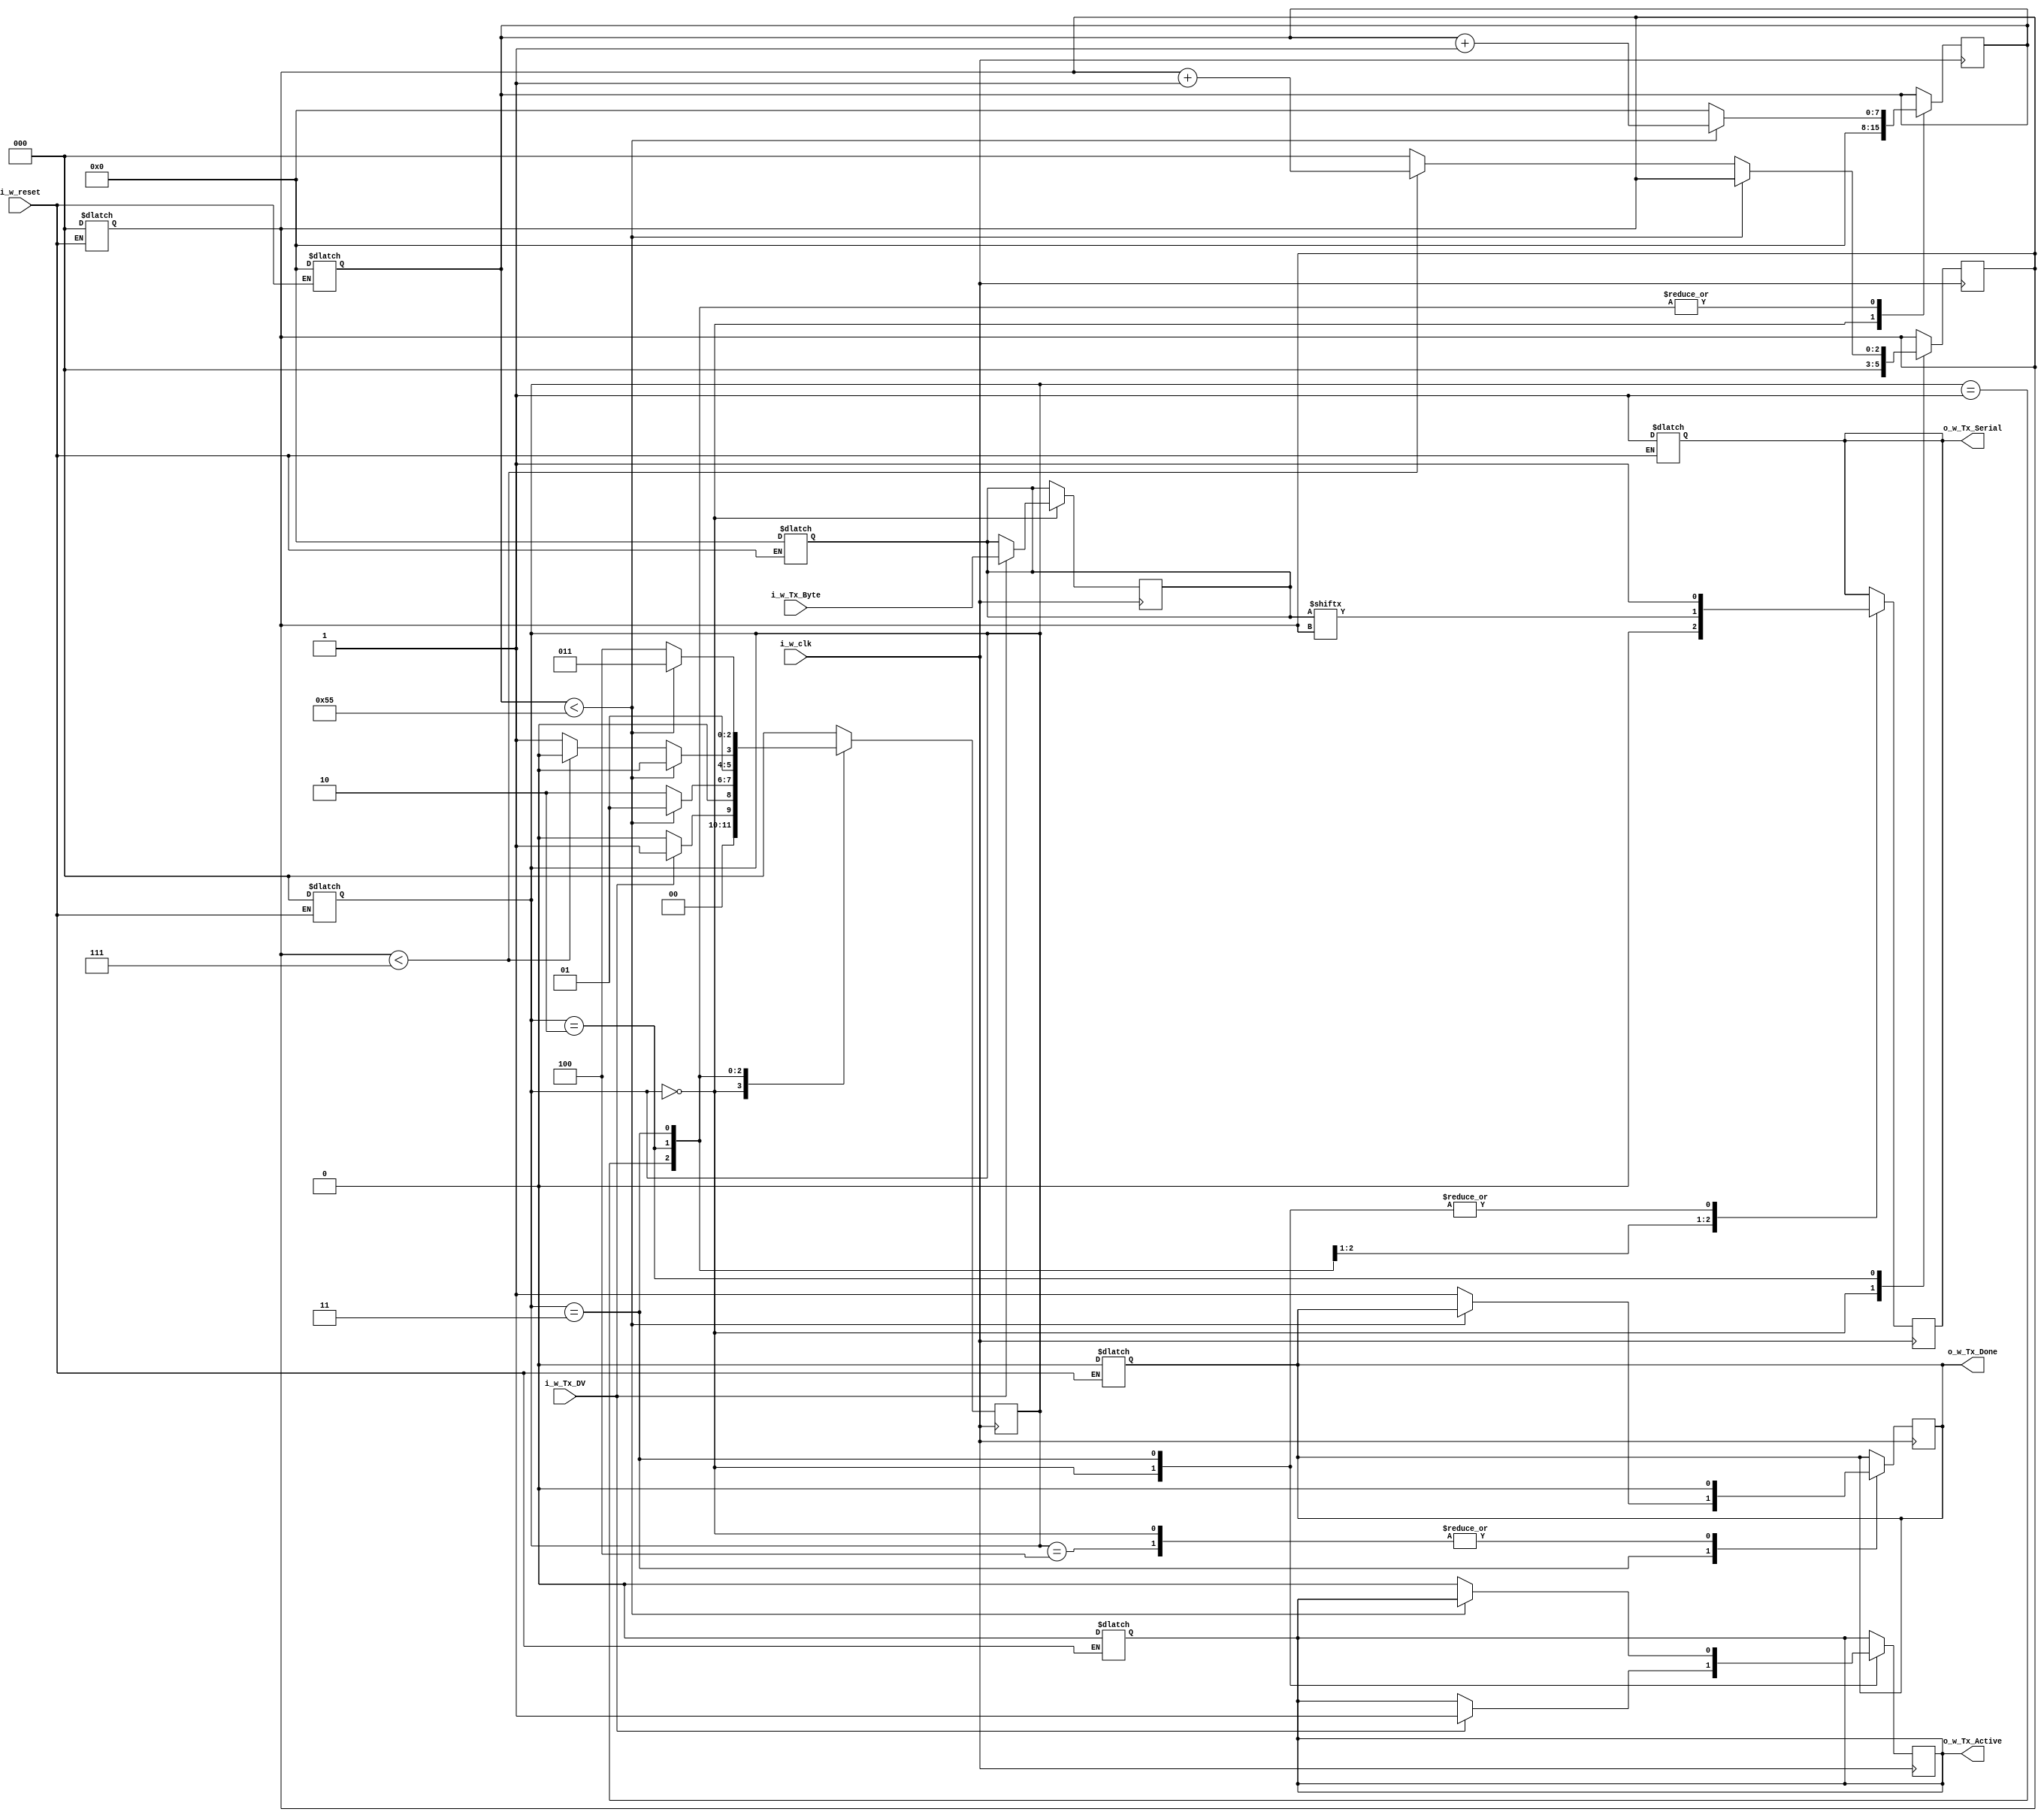
`timescale 1ns / 1ps
//////////////////////////////////////////////////////////////////////////////////
// Company: 
// Engineer: 
// 
// Design Name: 
// Module Name: uart_send
// Project Name: 
// Target Devices: 
// Tool Versions: 
// Description: 
// 
// Dependencies: 
// 
// Revision:
// Revision 0.01 - File Created
// Additional Comments:
// 
//////////////////////////////////////////////////////////////////////////////////


module uart_send
    #(
        parameter BAUD_RATE = 115200,
        parameter CLK_RATE  = 10000000 //10Mhz
    )
    (
        //ceasul
        input wire       i_w_clk,
        //reset
        input wire       i_w_reset,
        //daca se doreste transmiterea unui byte
        input wire       i_w_Tx_DV,
        //byte-ul de transmis
        input wire [7:0] i_w_Tx_Byte,
        //daca este folosit TX
        output wire      o_w_Tx_Active,
        //valoarea pentru TX
        output wire      o_w_Tx_Serial,
        //daca s-a transmis ultimul byte
        output wire      o_w_Tx_Done
    );

    //cate perioade de ceas are un bit
    parameter CLKS_PER_BIT = CLK_RATE/BAUD_RATE;
    //definirea starilor FSM-ului
    parameter s_IDLE         = 3'b000;
    parameter s_TX_START_BIT = 3'b001;
    parameter s_TX_DATA_BITS = 3'b010;
    parameter s_TX_STOP_BIT  = 3'b011;
    parameter s_CLEANUP      = 3'b100;
    
    //starea FSM-ului
    reg [2:0]    r_FSM_State;
    //contor pentru perioade de ceas
    reg [7:0]    r_Clock_Count;
    //indexul in byte
    reg [2:0]    r_Bit_Index;
    //registrul cu byte-ul de transmis
    reg [7:0]    r_Tx_Data;
    //daca byte-ul a fost transmis
    reg          r_Tx_Done;
    //daca linia TX este activa si se transmite pe ea
    reg          r_Tx_Active;
    //valoarea pe care o ia TX pentru transmitere
    reg          r_Tx_Serial;
    
    //asiganrea iesirilor la registri
    assign o_w_Tx_Active = r_Tx_Active;
    assign o_w_Tx_Done   = r_Tx_Done;
    assign o_w_Tx_Serial = r_Tx_Serial;
    
    //initializarea variabilelor
    //TX trebuie sa fie pe 1 in mod implicit
    always @(*)
    begin
        if(i_w_reset)
        begin
            r_FSM_State     = 0;
            r_Clock_Count   = 0;
            r_Bit_Index     = 0;
            r_Tx_Data       = 0;
            r_Tx_Done       = 0;
            r_Tx_Active     = 0;
            r_Tx_Serial     = 1'b1;
        end
    end
    
    //procesul de tracere prin starile FSM-ului pentru transmiterea unui byte
    always @(posedge i_w_clk)
    begin
      
        case (r_FSM_State)
        /*
        s_IDLE: starea in care se asteapta date pentr a fi transmise pe TX
        TX este pe 1
        nu s-a transmis nici un byte, contor de perioade de ceas si indexul de bit sunt
        setati pe zero.
        Daca se primeste semnal ca trebuie sa se transmita un byte se activea
        linea TX se retin datele ce trebuie transmise intr-un registru si se
        trece in starea urmatoare de transmitere a bitului de start, in caz contrar
        se ramane in stare IDLE
        */
        s_IDLE :
        begin
        r_Tx_Serial   <= 1'b1;
        r_Tx_Done     <= 1'b0;
        r_Clock_Count <= 0;
        r_Bit_Index   <= 0;
        
        if (i_w_Tx_DV == 1'b1)
        begin
            r_Tx_Active <= 1'b1;
            r_Tx_Data   <= i_w_Tx_Byte;
            r_FSM_State <= s_TX_START_BIT;
        end
        else
        begin
            r_FSM_State <= s_IDLE;
        end
        end // case: s_IDLE
        
        
        /*
        s_TX_START_BIT: starea in care se transmite bitul de start.
        TX va avea valoarea zero pe durata unui bit. dupa trecerea
        timpului se trece in starea de transmiterea a bitilor de date
        */
        s_TX_START_BIT :
        begin
            r_Tx_Serial <= 1'b0;

            if (r_Clock_Count < CLKS_PER_BIT-1)
            begin
                r_Clock_Count <= r_Clock_Count + 1;
                r_FSM_State   <= s_TX_START_BIT;
            end
            else
            begin
                r_Clock_Count <= 0;
                r_FSM_State   <= s_TX_DATA_BITS;
            end
        end // case: s_TX_START_BIT
        
        
        /*
        s_TX_DATA_BITS: starea in care se transmit biti de date
        TX ia valoare bitului curent timp de o durata de bit.
        dupa care se trece la urmatorul bit. Dupa ce toti biti
        au fostr transmisi se trece in starea de transmitere
        a bitului de stop
        */     
        s_TX_DATA_BITS :
        begin
            r_Tx_Serial <= r_Tx_Data[r_Bit_Index];
            
            if (r_Clock_Count < CLKS_PER_BIT-1)
            begin
                r_Clock_Count <= r_Clock_Count + 1;
                r_FSM_State     <= s_TX_DATA_BITS;
            end
            else
            begin
                r_Clock_Count <= 0;
                
                if (r_Bit_Index < 7)
                begin
                    r_Bit_Index <= r_Bit_Index + 1;
                    r_FSM_State <= s_TX_DATA_BITS;
                end
                else
                begin
                    r_Bit_Index <= 0;
                    r_FSM_State <= s_TX_STOP_BIT;
                end
            end
        end // case: s_TX_DATA_BITS
        
        
        /*
        s_TX_STOP_BIT: starea in care se transmite bitul de stop
        si se anunta transmiterea byte-ului. Bitul de stop pune
        TX pe valoarea 1 si il tine o durata de bit. La terminarea
        duratei se anunta ca a fost transmis bitul prin r_Tx_Done
        si se anunta ca nu mai este folosit TX-ul. dupa se trece in starea
        de CELANUP
        */
        s_TX_STOP_BIT :
        begin
            r_Tx_Serial <= 1'b1;
            
            if (r_Clock_Count < CLKS_PER_BIT-1)
            begin
                r_Clock_Count <= r_Clock_Count + 1;
                r_FSM_State   <= s_TX_STOP_BIT;
            end
            else
            begin
                r_Tx_Done     <= 1'b1;
                r_Clock_Count <= 0;
                r_FSM_State   <= s_CLEANUP;
                r_Tx_Active   <= 1'b0;
            end
        end // case: s_Tx_STOP_BIT
        
        
        /*
        Se reseteaza valoare ca a fost transmis un byte, anuntandu-se
        astfel ca trebuie incarcat urmatorul byte pentru transmisie daca
        se doreste. dupa se trece in starea IDLE
        */
        s_CLEANUP :
        begin
            r_Tx_Done <= 1'b0;
            r_FSM_State <= s_IDLE;
        end
        
        
        default :
            r_FSM_State <= s_IDLE;
        
        endcase
    end
    
    
endmodule